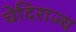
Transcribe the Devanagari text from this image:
चेदिराज्य